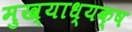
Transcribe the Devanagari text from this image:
मुख्याध्यक्ष